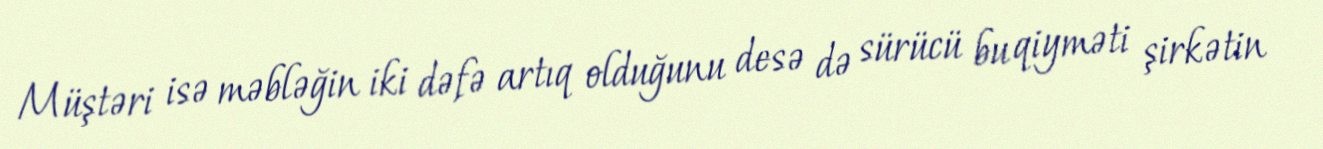
Müştəri isə məbləğin iki dəfə artıq olduğunu desə də sürücü bu qiyməti şirkətin